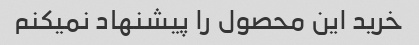
خرید این محصول را پیشنهاد نمیکنم